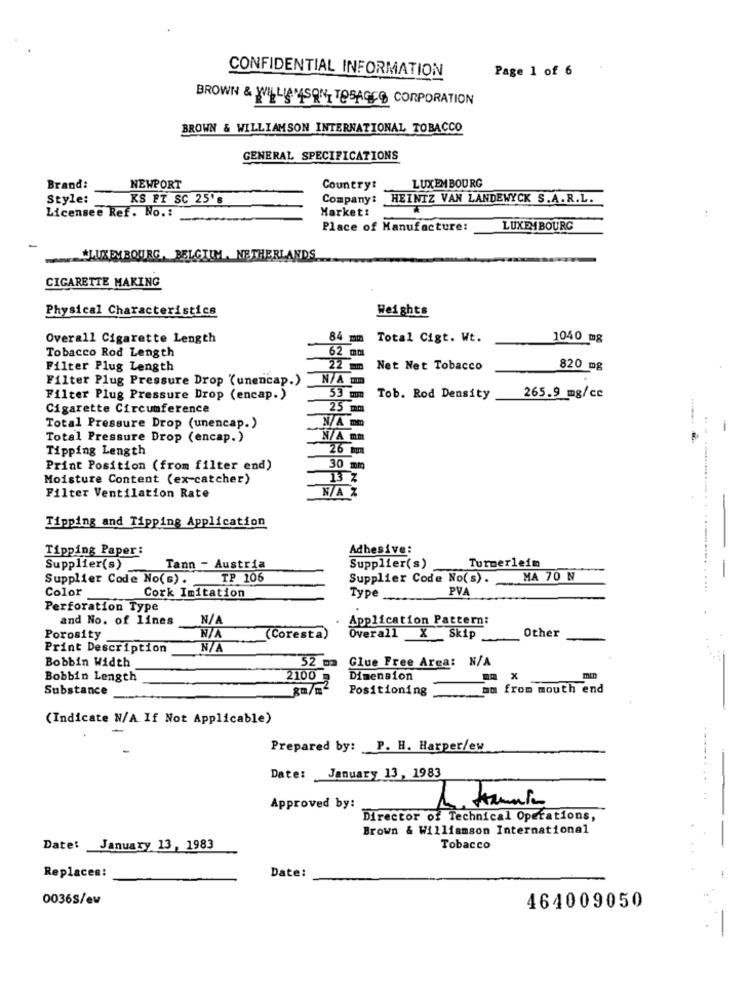
Page 1 of 6
CONFIDENTIAL INFORMATION
BROWN & WILLIAMSON TOSAGEO CORPORATION
BROWN & WILLIAMSON INTERNATIONAL TOBACCO
GENERAL SPECIFICATIONS
Brand:
NEWPORT
Country:
LUXEMBOURG
Style:
KS FT SC 25's
Company: HEINTZ VAN LANDEWYCK S.A.R.L.
Licensee Ref. No .:
Market:
Place of Manufacture:
LUXEMBOURG
LUXEMBOURG, BELGIUM , NETHERLANDS
CIGARETTE MAKING
Physical Characteristics
Wei ghts
Overall Cigarette Length
84 mm
Total Cigt. Wt.
1040 mg
Tobacco Rod Length
62 mm
Filter Plug Length
Net Net Tobacco
820 mg
Filter Plug Pressure Drop (unencap.)
N/A mm
Filter Plug Pressure Drop (encap.)
53 mm
Tob. Rod Density
265.9 mg/ce
Cigarette Circumference
25 m
N/A mm
Total Pressure Drop (unencap.)
Total Pressure Drop (encap.)
N/A mm
...
Tipping Length
26 mm
Print Position (from filter end)
30 mm
Moisture Content (ex-catcher)
13 Z
Filter Ventilation Rate
N/A %
Tipping and Tipping Application
Tipping Paper:
Adhesive:
Supplier(s)
Tann - Austria
Supplier(s)
Turmerleim
Supplier Code No(s) .
TP 106
Supplier Code No(s).
MA 70 N
- -
Color
Type
PVA
............ .....
Cork Imitation
Perforation Type
and No. of lines
Application Pattern:
Other
Porosity
(Coresta)
Overall X Skip
Print Description
Bobbin Width
Glue Free Area: N/A
52 m
Bobbin Length
2100
Dimension
x
Substance
Positioning
mm from mouth end
(Indicate N/A.If Not Applicable)
Prepared by: P. H. Harper/ew
Date: January 13, 1983
Approved by:
Director of Technical Operations,
Brown & Williamson International
Date: January 13, 1983
Tobacco
..
-
Date:
Replaces:
0036S/ew
464009050